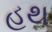
હથ